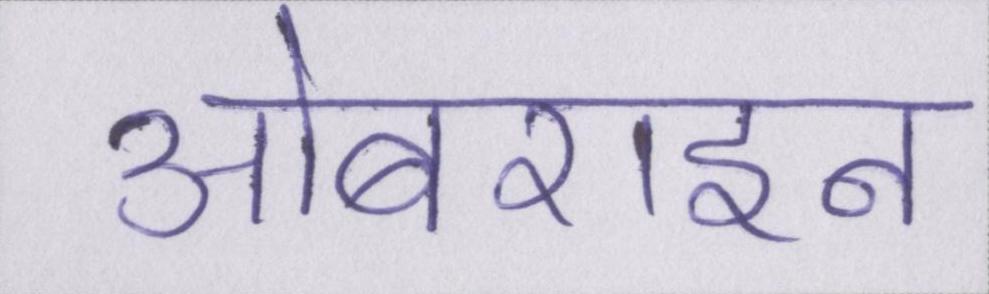
ओबराइन